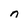
Character: n